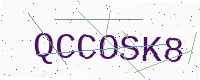
Text: QCCOSK8